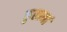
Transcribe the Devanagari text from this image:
कुलानां